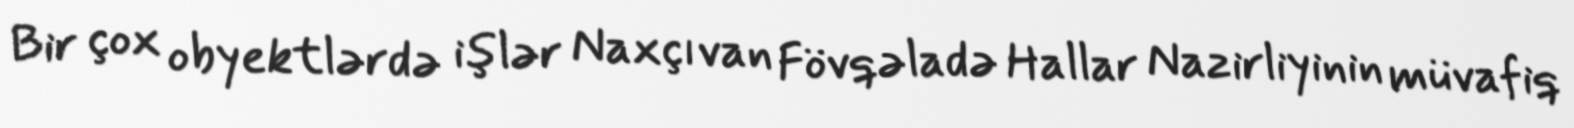
Bir çox obyektlərdə işlər Naxçıvan Fövqəladə Hallar Nazirliyinin müvafiq